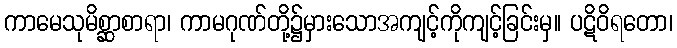
ကာမေသုမိစ္ဆာစာရာ၊ ကာမဂုဏ်တို့၌မှားသောအကျင့်ကိုကျင့်ခြင်းမှ။ ပဋိဝိရတော၊